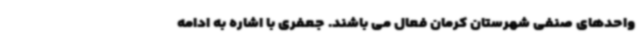
واحدهای صنفی شهرستان کرمان فعال می باشند. جعفری با اشاره به ادامه